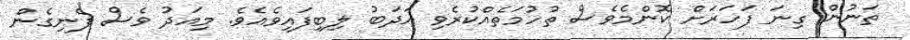
ތަނުން ގިނަ ފަހަރަށް ކޮންމެވެސް ތުހުމަތެއްކުރެވި އަދަބު ލިބިފައިވެއެވެ. މިއަދު ވެސް ފެނިގެން